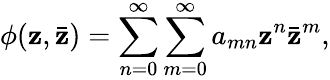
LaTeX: \phi(\mathbf{z},\bar{{\mathbf{z}}})=\sum_{n=0}^{\infty}\sum_{m=0}^{\infty}a_{mn}\mathbf{z}^{n}\bar{{\mathbf{z}}}^{m},